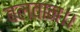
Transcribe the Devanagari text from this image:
बलवान।।